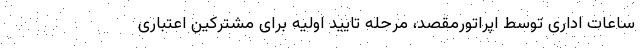
ساعات اداری توسط اپراتورمقصد، مرحله تایید اولیه برای مشترکین اعتباری